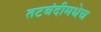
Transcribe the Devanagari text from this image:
तटबंदीमधेच